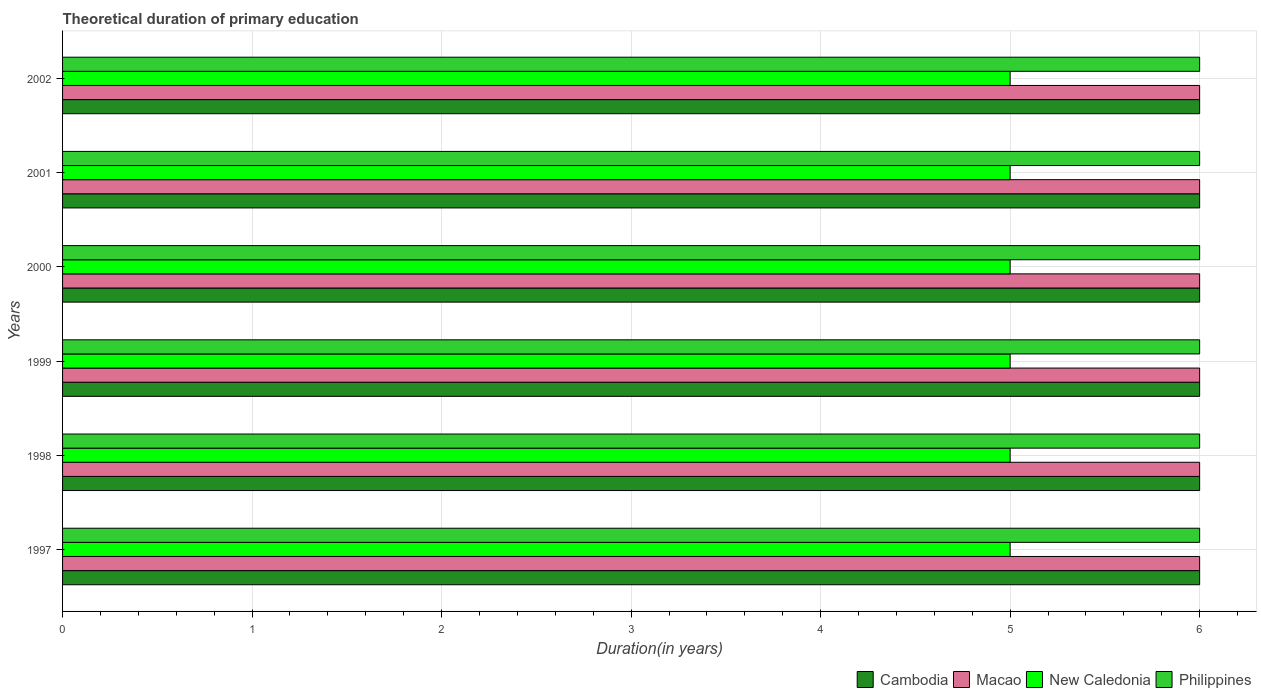
| Years | Cambodia | Macao | New Caledonia | Philippines |
 | --- | --- | --- | --- | --- |
 | 1997 | 6 | 6 | 5 | 6 |
 | 1998 | 6 | 6 | 5 | 6 |
 | 1999 | 6 | 6 | 5 | 6 |
 | 2000 | 6 | 6 | 5 | 6 |
 | 2001 | 6 | 6 | 5 | 6 |
 | 2002 | 6 | 6 | 5 | 6 |